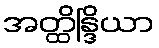
အတ္ထိန္ဒြိယာ